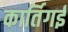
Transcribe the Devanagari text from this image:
कार्तिगई